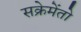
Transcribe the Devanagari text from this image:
सक्रेमेंतो